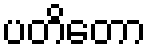
ပတိတော